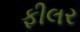
ફીલર